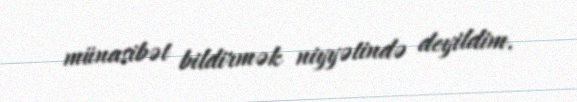
münasibət bildirmək niyyətində deyildim.